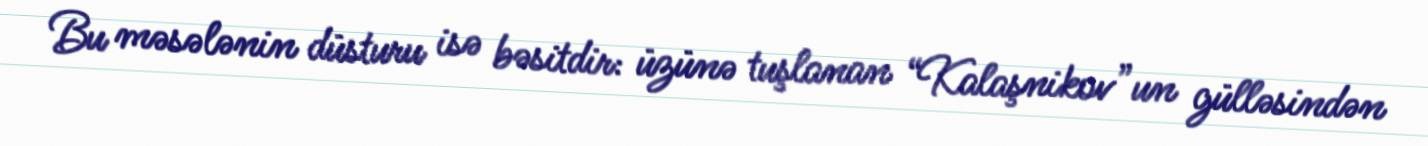
Bu məsələnin düsturu isə bəsitdir: üzünə tuşlanan “Kalaşnikov”un gülləsindən